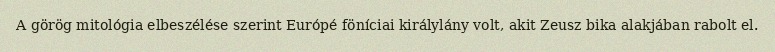
A görög mitológia elbeszélése szerint Európé föníciai királylány volt, akit Zeusz bika alakjában rabolt el.